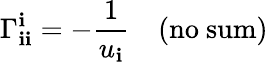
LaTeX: \Gamma_{\mathbf{i}\mathbf{i}}^{\mathbf{i}}=-\frac{{1}}{{u_{\mathbf{i}}}}\quad(\mathrm{{no~sum)}}